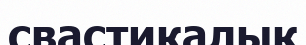
свастикалық